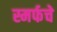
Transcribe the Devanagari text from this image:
स्मर्फचे